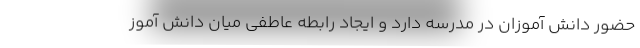
حضور دانش آموزان در مدرسه دارد و ایجاد رابطه عاطفی میان دانش آموز